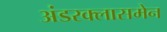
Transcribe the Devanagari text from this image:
अंडरक्लासमेन